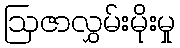
ဩဇာလွှမ်းမိုးမှု